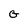
Character: G